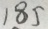
1 8 5